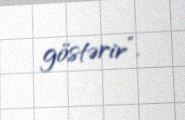
göstərir”.